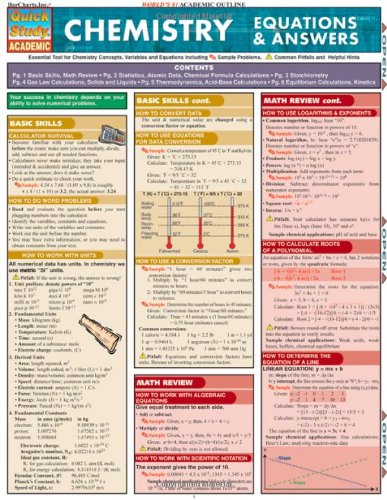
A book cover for Chemistry Equations & Answers (Quickstudy: Academic); Inc. BarCharts; Science & Math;